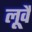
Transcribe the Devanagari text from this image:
लूवैं